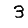
Digit: 3